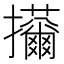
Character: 𢺊